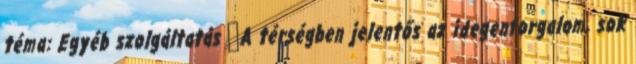
téma: Egyéb szolgáltatás ▪A térségben jelentős az idegenforgalom, sok